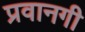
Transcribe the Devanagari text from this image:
प्रवानगी